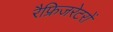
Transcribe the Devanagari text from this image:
रैफ्रिजरेटरों